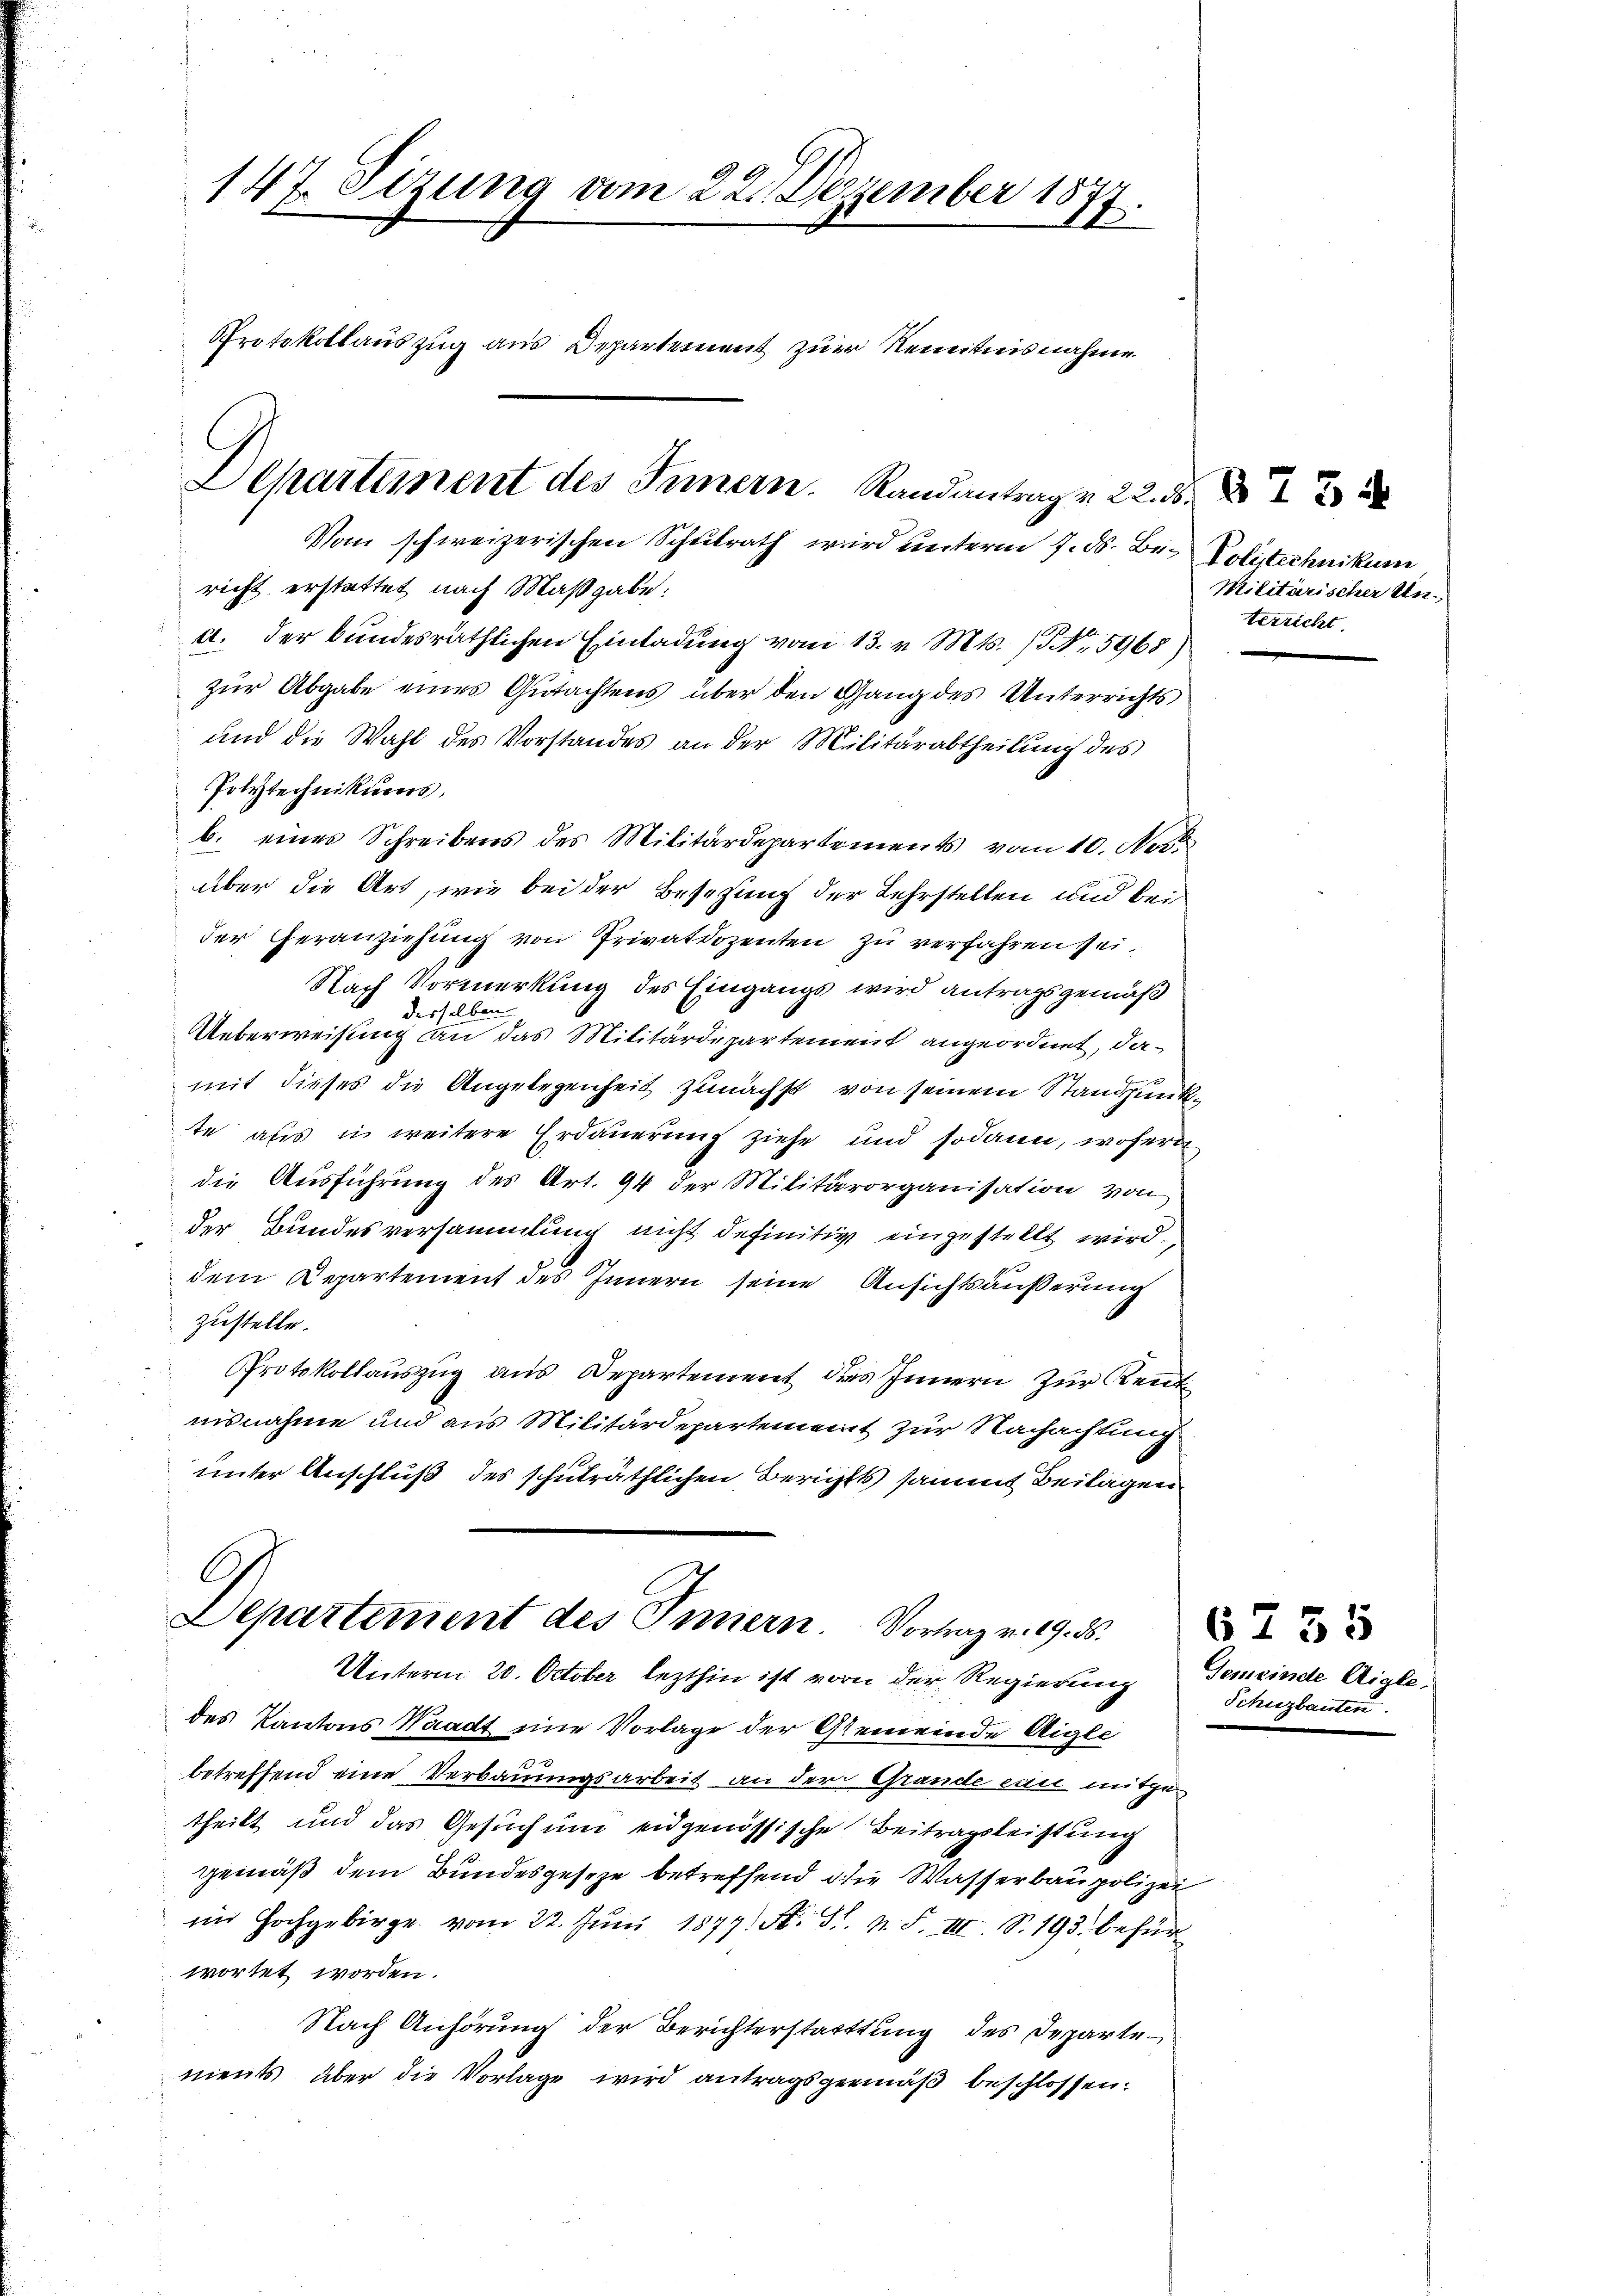
147. Sizung vom 22. Dezember 1877.
Protokollauszug aus Departement zur Kenntnisnahme
Departement des Innern. Randantrag v. 22. 3.
Vom schweizerischen Schulrath wird unterm 7. ds. Be. Polytechnikum

richt erstattet nach Maßgabe:
d. der bundesräthlichen Einladung vom 13. v. Mts. No. 5968)
zŭr Abgabe eines Gutachtens über den Gang des Unterrichts
und die Wahl des Vorstandes an der Militärabtheilung des
Polytechnikums,
b. eines Schreibens des Militärdepartements vom 10. Nov.
über die Art, wie bei der Besetzung der Lehrstellen und bei
der Heranziehung von Privatdozenten zu verfahren sei.
Nach Vormerkung des Eingangs wird antragsgemäß
desselben
Ueberweisung an das Militärdepartement angeordnet, damit dieses die Angelegenheit zunächst von seinem Standpunkte aus in weitere Erdauerung ziehe und sodann, wofür
die Ausführung des Art. 94 der Militärorganisation von
der Bundesversammlung nicht definitiv eingestellt wird.
dem Departement des Innern seine Ansichtsäußerung
zustelle.
Protokollauszug aus Departement des Innern zur Rent
nisnahme und aus Militärdepartement zur Nachachtung
unter Anschluß des schulräthlichen Berichts sammt Beilagen
Departement des Innern. Vortrag v. 19. ds.
Unterm 20. October lezthin ist vor der Regierung Gemein
des Kantons Waadt eine Vorlage der Gemeinde Aigle
betreffend eine Verbauungsarbeit an der Grande ein mitgetheilt und das Gesuch um eidgenössische Beitragsleistung
gemäß dem Bundesgeseze betreffend die Wasserbaupolizei
im Hochgebirge vom 22. Jŭni 1877. St. St. N. F. III. S. 193. befür
wortet worden.
Nach Anhörung der Berichterstattung des Departements, über die Vorlage wird antragsgemäß beschlossen:

Militärischer Unterricht.

67

55
ide Aigle,
Schuzbauten.